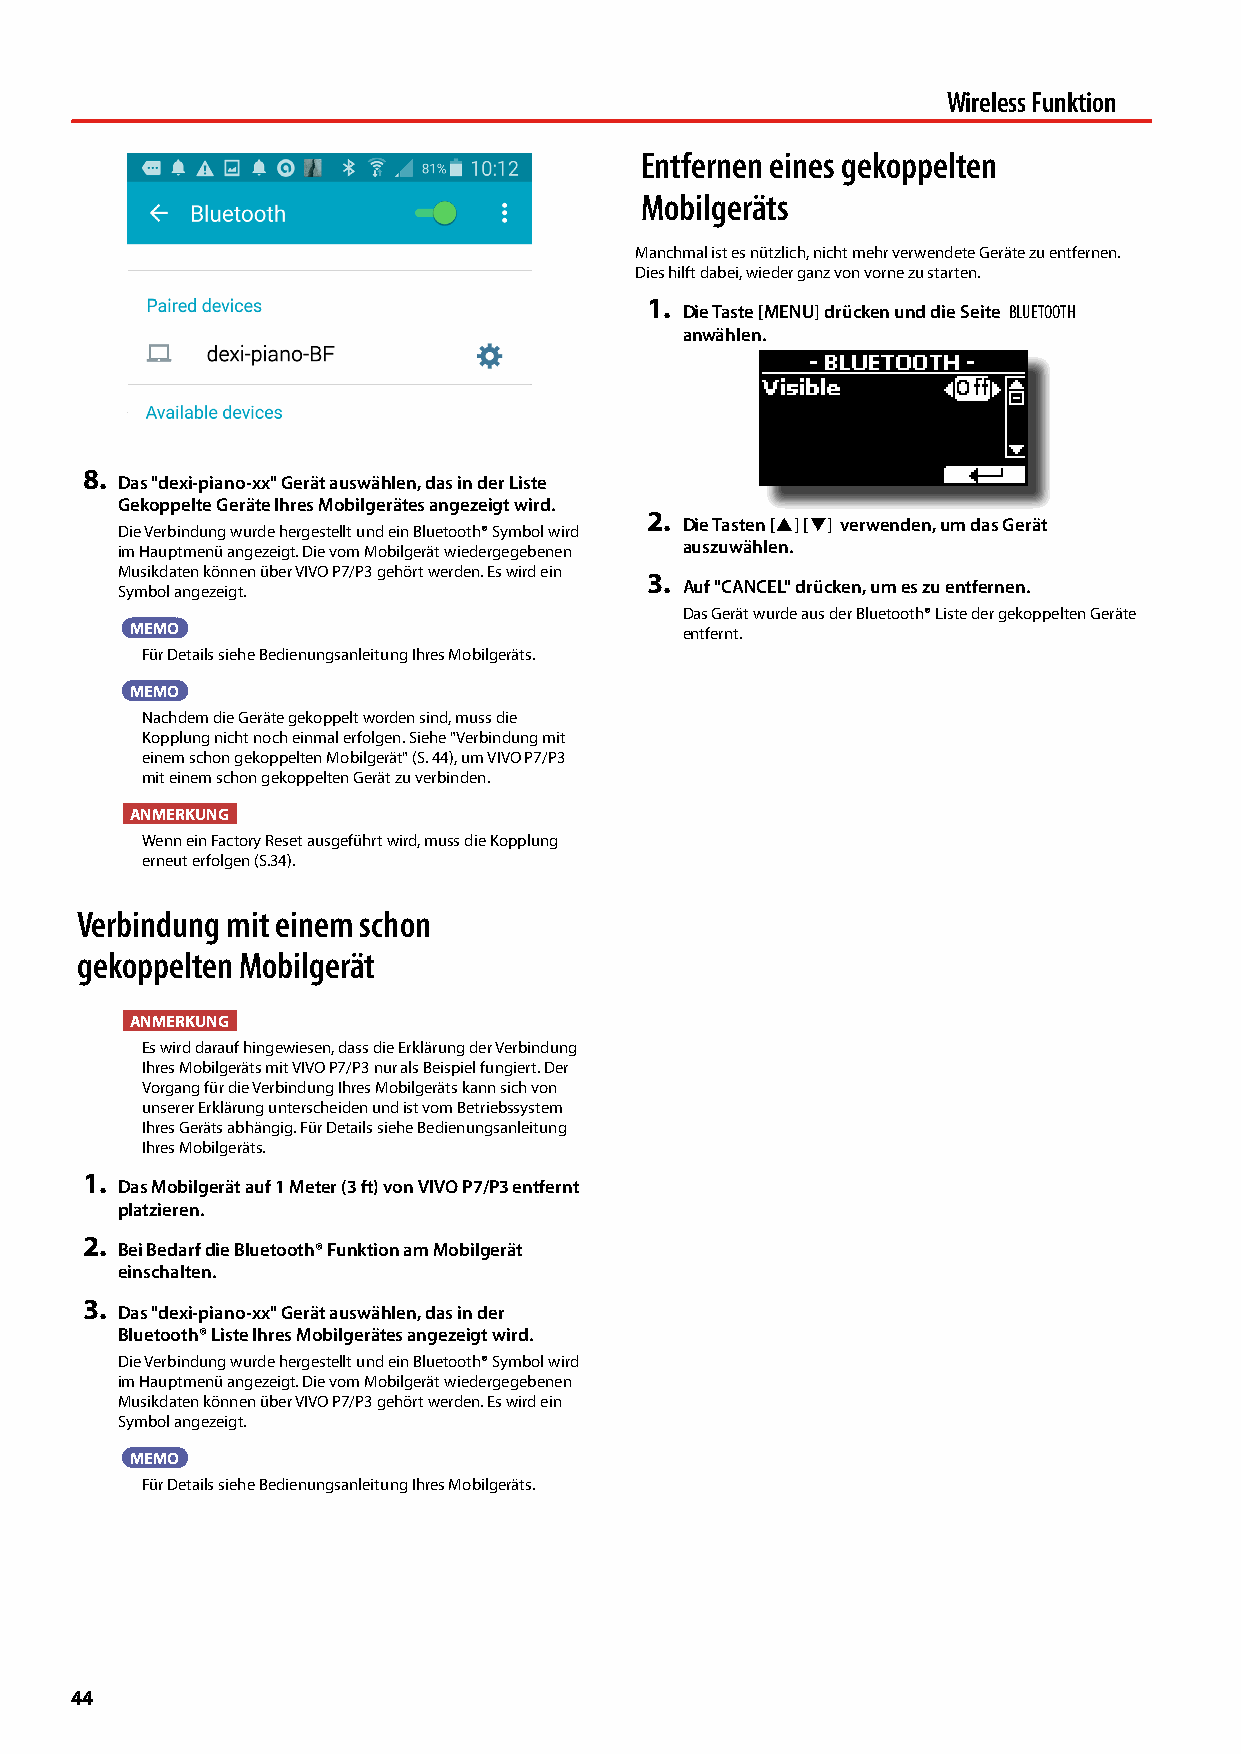
Wireless Funktion
 Entfernen eines gekoppelten
 Mobilgeräts
 Manchmal ist es nützlich, nicht mehr verwendete Geräte zu entfernen.
 Dies hilft dabei, wieder ganz von vorne zu starten.
 1.
 Die Taste [MENU] drücken und die Seite BLUETOOTH
 anwählen.
 8.
 Das "dexi-piano-xx" Gerät auswählen, das in der Liste
 Gekoppelte Geräte Ihres Mobilgerätes angezeigt wird.
 2.
 Die Tasten [] [] verwenden, um das Gerät
 Die Verbindung wurde hergestellt und ein Bluetooth® Symbol wird
 im Hauptmenü angezeigt. Die vom Mobilgerät wiedergegebenen auszuwählen.
 Musikdaten können über VIVO P7/P3 gehört werden. Es wird ein
 3.
 Symbol angezeigt.                    Auf "CANCEL" drücken, um es zu entfernen.
 Das Gerät wurde aus der Bluetooth® Liste der gekoppelten Geräte
 MEMO                                entfernt.
 Für Details siehe Bedienungsanleitung Ihres Mobilgeräts.
 MEMO
 Nachdem die Geräte gekoppelt worden sind, muss die
 Kopplung nicht noch einmal erfolgen. Siehe "Verbindung mit
 einem schon gekoppelten Mobilgerät" (S. 44), um VIVO P7/P3
 mit einem schon gekoppelten Gerät zu verbinden.
 ANMERKUNG
 Wenn ein Factory Reset ausgeführt wird, muss die Kopplung
 erneut erfolgen (S.34).
 Verbindung mit einem schon
 gekoppelten Mobilgerät
 ANMERKUNG
 Es wird darauf hingewiesen, dass die Erklärung der Verbindung
 Ihres Mobilgeräts mit VIVO P7/P3 nur als Beispiel fungiert. Der
 Vorgang für die Verbindung Ihres Mobilgeräts kann sich von
 unserer Erklärung unterscheiden und ist vom Betriebssystem
 Ihres Geräts abhängig. Für Details siehe Bedienungsanleitung
 Ihres Mobilgeräts.
 1.
 Das Mobilgerät auf 1 Meter (3 ft) von VIVO P7/P3 entfernt
 platzieren.
 2.
 Bei Bedarf die Bluetooth® Funktion am Mobilgerät
 einschalten.
 3.
 Das "dexi-piano-xx" Gerät auswählen, das in der
 Bluetooth® Liste Ihres Mobilgerätes angezeigt wird.
 Die Verbindung wurde hergestellt und ein Bluetooth® Symbol wird
 im Hauptmenü angezeigt. Die vom Mobilgerät wiedergegebenen
 Musikdaten können über VIVO P7/P3 gehört werden. Es wird ein
 Symbol angezeigt.
 MEMO
 Für Details siehe Bedienungsanleitung Ihres Mobilgeräts.
 44